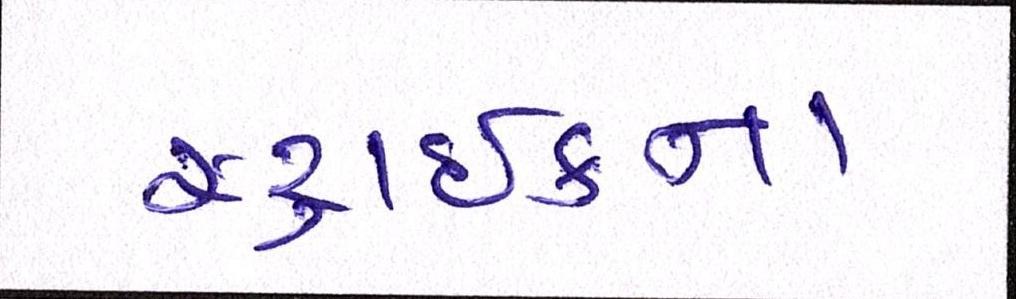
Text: સ્ટ્રાઈકના